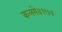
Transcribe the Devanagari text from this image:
कलये॥१७॥